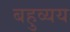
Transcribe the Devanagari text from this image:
बहुव्यय